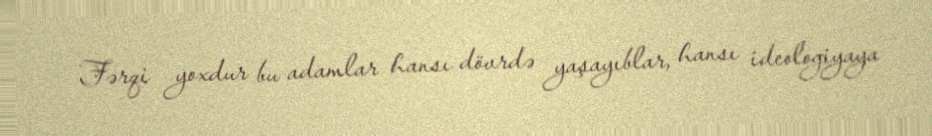
Fərqi yoxdur bu adamlar hansı dövrdə yaşayıblar, hansı ideologiyaya